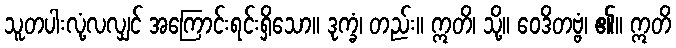
သူတပါးလုံ့လလျှင် အကြောင်းရင်းရှိသော။ ဒုက္ခံ၊ တည်း။ ဣတိ၊ သို့။ ဝေဒိတဗ္ဗံ၊ ၏။ ဣတိ